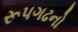
રૂપગઢનો